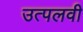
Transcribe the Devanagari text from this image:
उत्पलवी